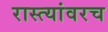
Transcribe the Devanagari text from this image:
रास्त्यांवरच